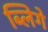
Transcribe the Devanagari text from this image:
ब्लिगे